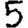
Digit: 5